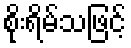
စိုးရိမ်သဖြင့်